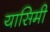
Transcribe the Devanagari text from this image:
यासिमी